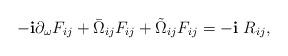
LaTeX: \begin{align*}-\mathbf{i}\partial_{\omega}F_{ij}+\bar{\Omega}_{ij}F_{ij}+\tilde{\Omega}_{ij}F_{ij}=-\mathbf{i}\ R_{ij},\end{align*}